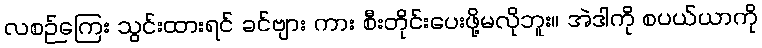
လစဉ်ကြေး သွင်းထားရင် ခင်ဗျား ကား စီးတိုင်းပေးဖို့မလိုဘူး။ အဲဒါကို စပယ်ယာကို